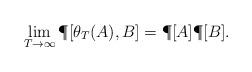
LaTeX: \begin{align*}\lim\limits_{T\to \infty }\P[ \theta_T (A),B ]=\P[A]\P[B].\end{align*}